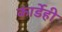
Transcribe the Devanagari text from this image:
कार्डेही